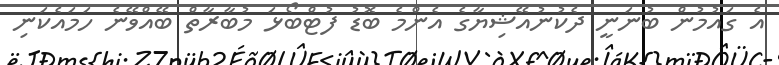
އެ ގައުމުން ބުނަނީ ދެކުނުއޭޝިޔާގެ އެންމެ ބޮޑު ފުޓްބޯޅަ މުބާރާތް ބޭއްވޭނެ ހަމައެކަނި